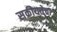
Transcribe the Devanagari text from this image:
सक्रीयतेचा